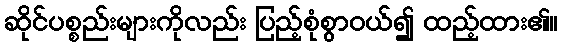
ဆိုင်ပစ္စည်းများကိုလည်း ပြည့်စုံစွာဝယ်၍ ထည့်ထား၏။